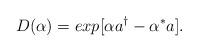
LaTeX: \begin{align*}D(\alpha)=exp[\alpha a^{\dag}-\alpha^{*} a].\end{align*}